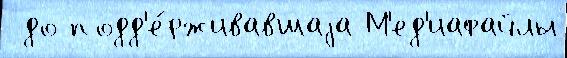
 до подд'е́рживавшаjа М'ед'иафайлы